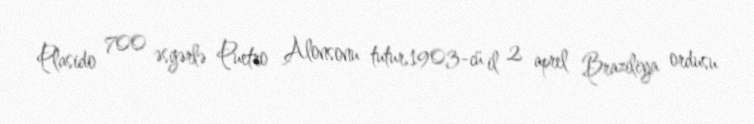
Plasido 700 əsgərlə Puetro Alonsonu tutur.1903-cü il 2 aprel Braziliya ordusu